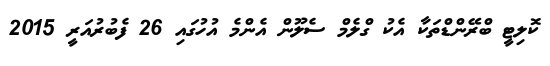
ކޮލިޓީ ބްރޭންޑްތަކާ އެކު ގްލެމް ސެލޫން އެންމެ އުހުގައި 26 ފެބުރުއަރީ 2015